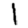
Digit: 1